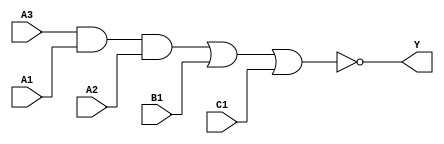
module sky130_fd_sc_lp__a311oi (
    Y ,
    A1,
    A2,
    A3,
    B1,
    C1
);

    // Module ports
    output Y ;
    input  A1;
    input  A2;
    input  A3;
    input  B1;
    input  C1;

    // Local signals
    wire and0_out  ;
    wire nor0_out_Y;

    //  Name  Output      Other arguments
    and and0 (and0_out  , A3, A1, A2      );
    nor nor0 (nor0_out_Y, and0_out, B1, C1);
    buf buf0 (Y         , nor0_out_Y      );

endmodule